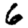
Digit: 6